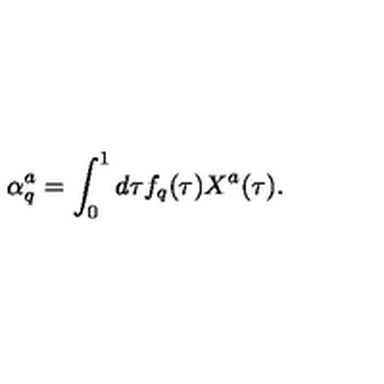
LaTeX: \alpha _ { q } ^ { a } = \int _ { 0 } ^ { 1 } d \tau f _ { q } ( \tau ) X ^ { a } ( \tau ) .